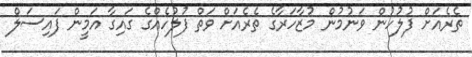
ތެރެއަށް ފުލުހުން ވަނުމުން މުޒާހަރާގެ ތެރެއަށް ވަތް ފުލުހެއްގެ ގައިގާ އަމީން ފައިސަލް